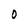
Character: O